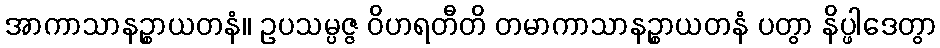
အာကာသာနဉ္စာယတနံ။ ဥပသမ္ပဇ္ဇ ဝိဟရတီတိ တမာကာသာနဉ္စာယတနံ ပတွာ နိပ္ဖါဒေတွာ